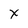
Character: x